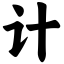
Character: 计